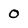
Character: O